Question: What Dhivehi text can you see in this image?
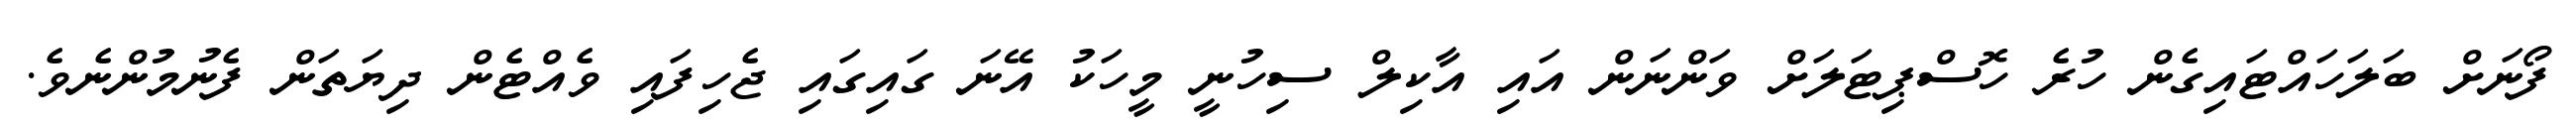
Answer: ފޯނަށް ބަލަހައްޓައިގެން ހުރެ ހޮސްޕިޓަލަށް ވަންނަން އައި އާކިލް ސިހުނީ މީހަކު އޭނަ ގައިގައި ޖެހިފައި ވެއްޓެން ދިޔަތަން ފެނުމުންނެވެ.